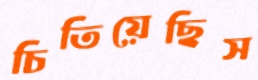
চিতিয়েছিস